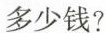
多少钱?